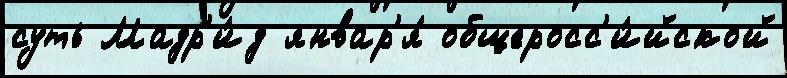
суть Мадр'и́д январ'я́ общеросс'и́йской